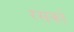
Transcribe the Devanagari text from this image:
रसको